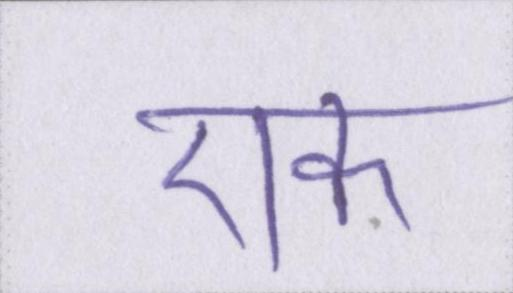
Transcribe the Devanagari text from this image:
एक